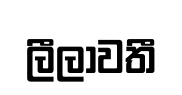
ලීලාවතී